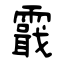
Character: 霵